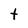
Character: t